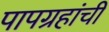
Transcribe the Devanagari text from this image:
पापग्रहांची